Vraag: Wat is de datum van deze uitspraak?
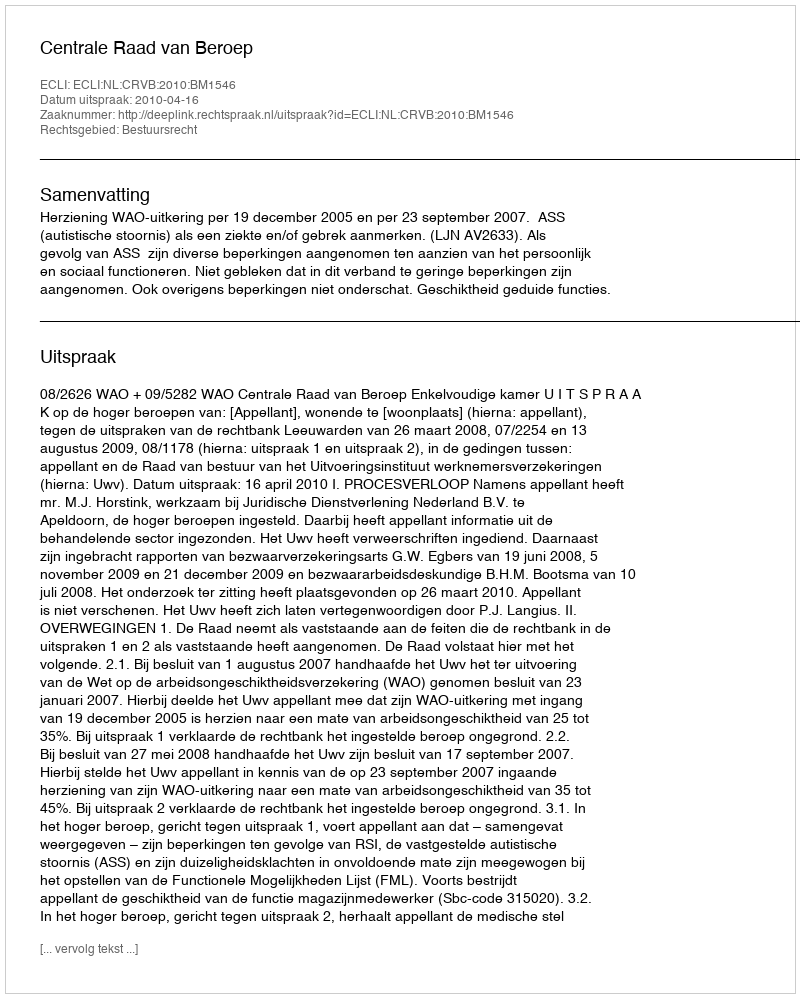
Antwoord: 2010-04-16